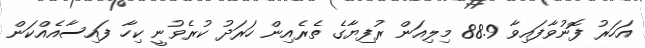
އަހަރު ފޮނުވާފައިވާ 88.9 މިލިއަން ރުފިޔާގެ ތެރެއިން ހަރަދު ކުރެވުނީ ކިހާ ފައިސާއެއްކަން